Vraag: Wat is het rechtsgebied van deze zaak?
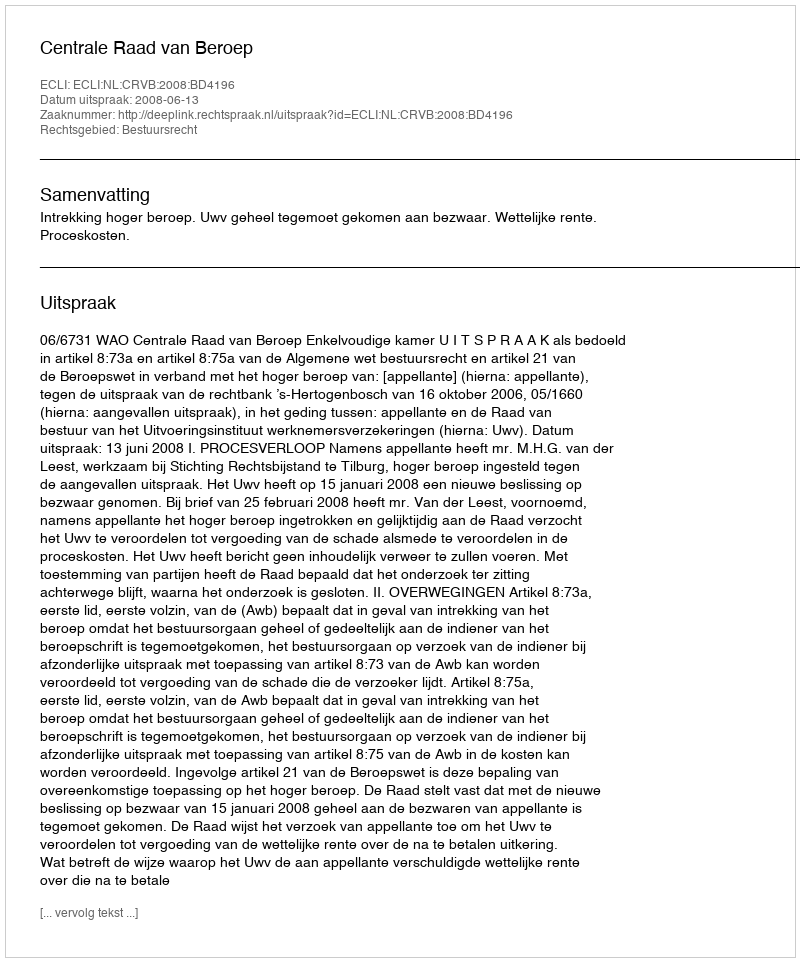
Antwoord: Bestuursrecht